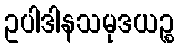
ဥပါဒါနသမုဒယဉ္စ